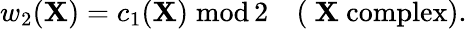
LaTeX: w_{2}(\mathbf{X})=c_{1}(\mathbf{X})\; \mathrm{{mod}}\, 2\quad\mathrm{{(~\mathbf{X}~complex)}}.